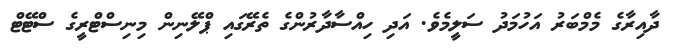
ދާއިރާގެ މެމްބަރު އަހުމަދު ސަލީމެވެ. އަދި ހިއްސާދާރުންގެ ތެރޭގައި ޕްލޭނިން މިނިސްޓްރީގެ ސްޓޭޓް